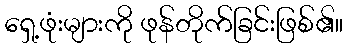
ရှေ့ဖုံးများကို ဖုန်တိုက်ခြင်းဖြစ်၏။